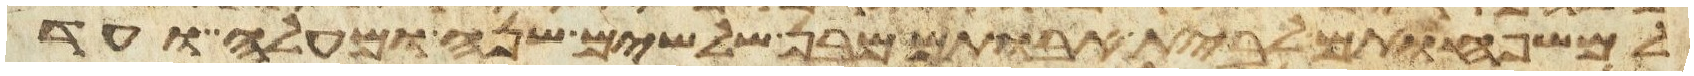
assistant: למשפחותם לבית אבותם מבן שלשים שנה ומעלה ועד